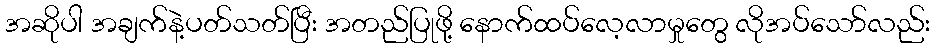
အဆိုပါ အချက်နဲ့ပတ်သတ်ပြီး အတည်ပြုဖို့ နောက်ထပ်လေ့လာမှုတွေ လိုအပ်သော်လည်း